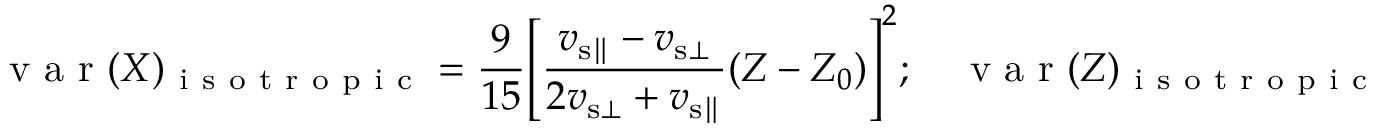
\mathrm { ~ v ~ a ~ r ~ } ( X ) _ { \mathrm { ~ i ~ s ~ o ~ t ~ r ~ o ~ p ~ i ~ c ~ } } = \frac { 9 } { 1 5 } \mathopen { } \mathclose \bgroup \mathopen { } \mathclose \bgroup \mathopen { } \mathclose \bgroup \mathopen { } \mathclose \bgroup \mathopen { } \mathclose \bgroup \mathopen { } \mathclose \bgroup \mathopen { } \mathclose \bgroup \mathopen { } \mathclose \bgroup \mathopen { } \mathclose \bgroup \mathopen { } \mathclose \bgroup \left[ \frac { v _ { { \mathrm { s } } \parallel } - v _ { { \mathrm { s } } \bot } } { 2 v _ { { \mathrm { s } } \bot } + v _ { { \mathrm { s } } \parallel } } ( Z - Z _ { 0 } ) \aftergroup \egroup \aftergroup \egroup \aftergroup \egroup \aftergroup \egroup \aftergroup \egroup \aftergroup \egroup \aftergroup \egroup \aftergroup \egroup \aftergroup \egroup \aftergroup \egroup \right] ^ { 2 } ; \quad \mathrm { ~ v ~ a ~ r ~ } ( Z ) _ { \mathrm { ~ i ~ s ~ o ~ t ~ r ~ o ~ p ~ i ~ c ~ } } = \frac { 4 } { 5 } \mathopen { } \mathclose \bgroup \mathopen { } \mathclose \bgroup \mathopen { } \mathclose \bgroup \mathopen { } \mathclose \bgroup \mathopen { } \mathclose \bgroup \mathopen { } \mathclose \bgroup \mathopen { } \mathclose \bgroup \mathopen { } \mathclose \bgroup \mathopen { } \mathclose \bgroup \mathopen { } \mathclose \bgroup \left[ \frac { v _ { { \mathrm { s } } \parallel } - v _ { { \mathrm { s } } \bot } } { 2 v _ { { \mathrm { s } } \bot } + v _ { { \mathrm { s } } \parallel } } ( Z - Z _ { 0 } ) \aftergroup \egroup \aftergroup \egroup \aftergroup \egroup \aftergroup \egroup \aftergroup \egroup \aftergroup \egroup \aftergroup \egroup \aftergroup \egroup \aftergroup \egroup \aftergroup \egroup \right] ^ { 2 } .